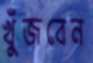
খুঁজবেন